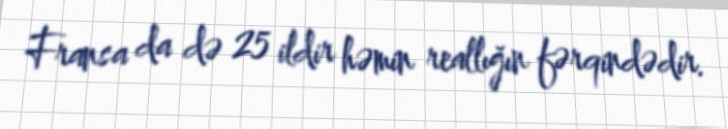
Fransa da də 25 ildir həmin reallığın fərqindədir.